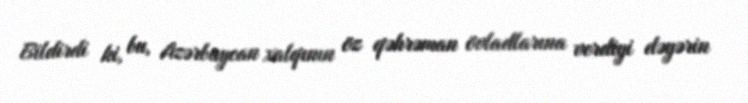
Bildirdi ki, bu, Azərbaycan xalqının öz qəhrəman övladlarına verdiyi dəyərin